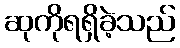
ဆုကိုရရှိခဲ့သည်